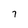
Character: 7